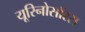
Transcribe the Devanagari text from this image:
यूरिनोसॉरस